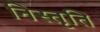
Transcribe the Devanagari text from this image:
निस्तृति